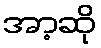
အာ့ဆို